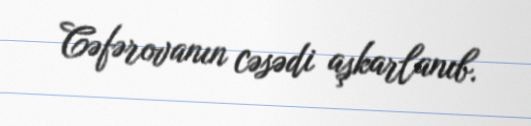
Cəfərovanın cəsədi aşkarlanıb.